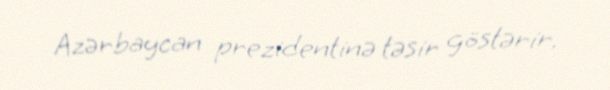
Azərbaycan prezidentinə təsir göstərir.